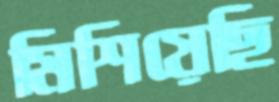
মিশিয়েছি